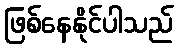
ဖြစ်နေနိုင်ပါသည်